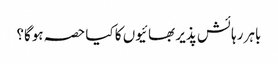
باہر رہائش پذیر بھائیوں کا کیا حصہ ہوگا؟